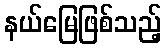
နယ်မြေဖြစ်သည့်